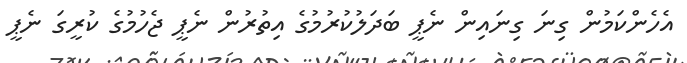
އެހެންކަމުން ގިނަ ގިނައިން ނެޕީ ބަދަލުކުރުމުގެ އިތުރުން ނެޕީ ޖެހުމުގެ ކުރީގަ ނެޕީ